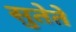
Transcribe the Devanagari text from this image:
सुतेते